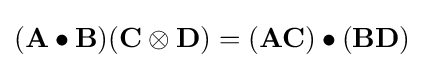
(\mathbf {A} \bullet \mathbf {B} )(\mathbf {C} \otimes \mathbf {D} )=(\mathbf {A} \mathbf {C} )\bullet (\mathbf {B} \mathbf {D} )